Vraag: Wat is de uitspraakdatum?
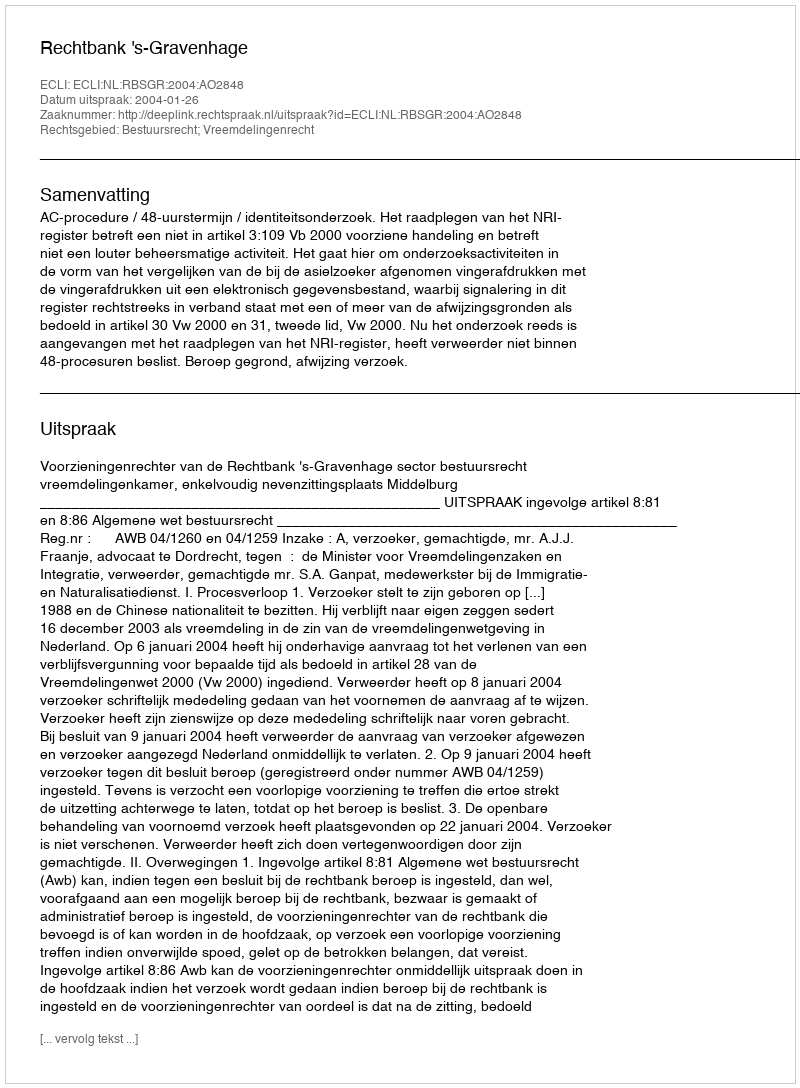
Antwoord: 2004-01-26